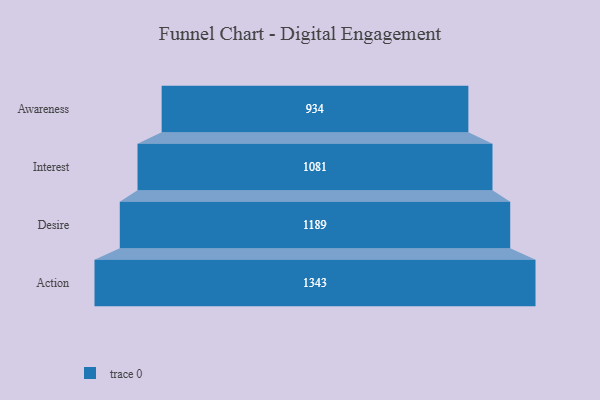
{"axis": {"x": "Stage", "y": "Value"}, "legend": [""], "data": [{"x": "Awareness", "y": 934.0, "type": ""}, {"x": "Interest", "y": 1081.0, "type": ""}, {"x": "Desire", "y": 1189.0, "type": ""}, {"x": "Action", "y": 1343.0, "type": ""}]}